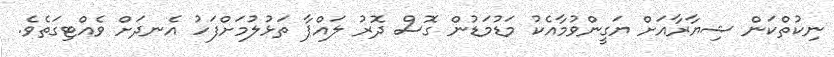
ނިކުތްކަން ޝިޔާރާއަށް ޔަގީންވުމާއެކު މަޑުމަޑުން ގޮސް ދޮރު ލައްޕާ ތަޅުލުމަށްފަހު އެނދަށް ވެއްޓިގަތެވެ.